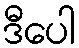
ဒီပေါ